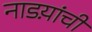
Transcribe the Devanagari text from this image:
नाडय़ांची